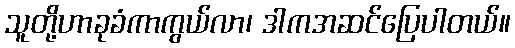
သူတို့ဟာခုခံကာကွယ်လာ၊ ဒါကအဆင်ပြေပါတယ်။